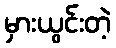
မှားယွင်းတဲ့